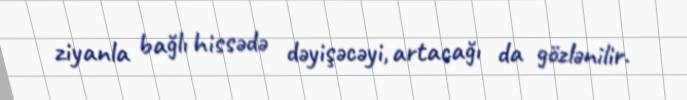
ziyanla bağlı hissədə dəyişəcəyi, artacağı da gözlənilir.